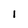
Character: 1